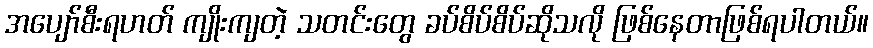
အပျော်စီးရဟတ် ကျိုးကျတဲ့ သတင်းတွေ ခပ်စိပ်စိပ်ဆိုသလို ဖြစ်နေတာဖြစ်ရပါတယ်။